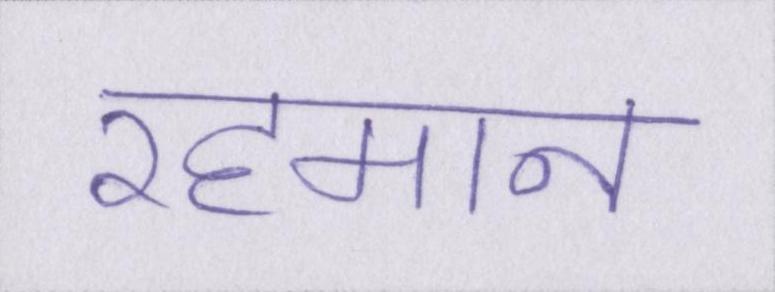
रहमान